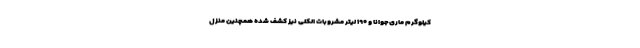
کیلوگرم ماری‌جوانا و ۱۹۰ لیتر مشروبات الکلی نیز کشف شده همچنین منزل